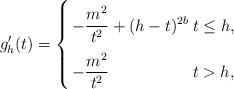
LaTeX: \begin{align*}g'_h(t) = \left\{\arraycolsep=1.4pt\def\arraystretch{2.3}\begin{array}{ll}\displaystyle -\frac{m^2}{t^2} + (h - t)^{2b} & t \le h, \\\displaystyle -\frac{m^2}{t^2} & t > h,\end{array}\right.\end{align*}